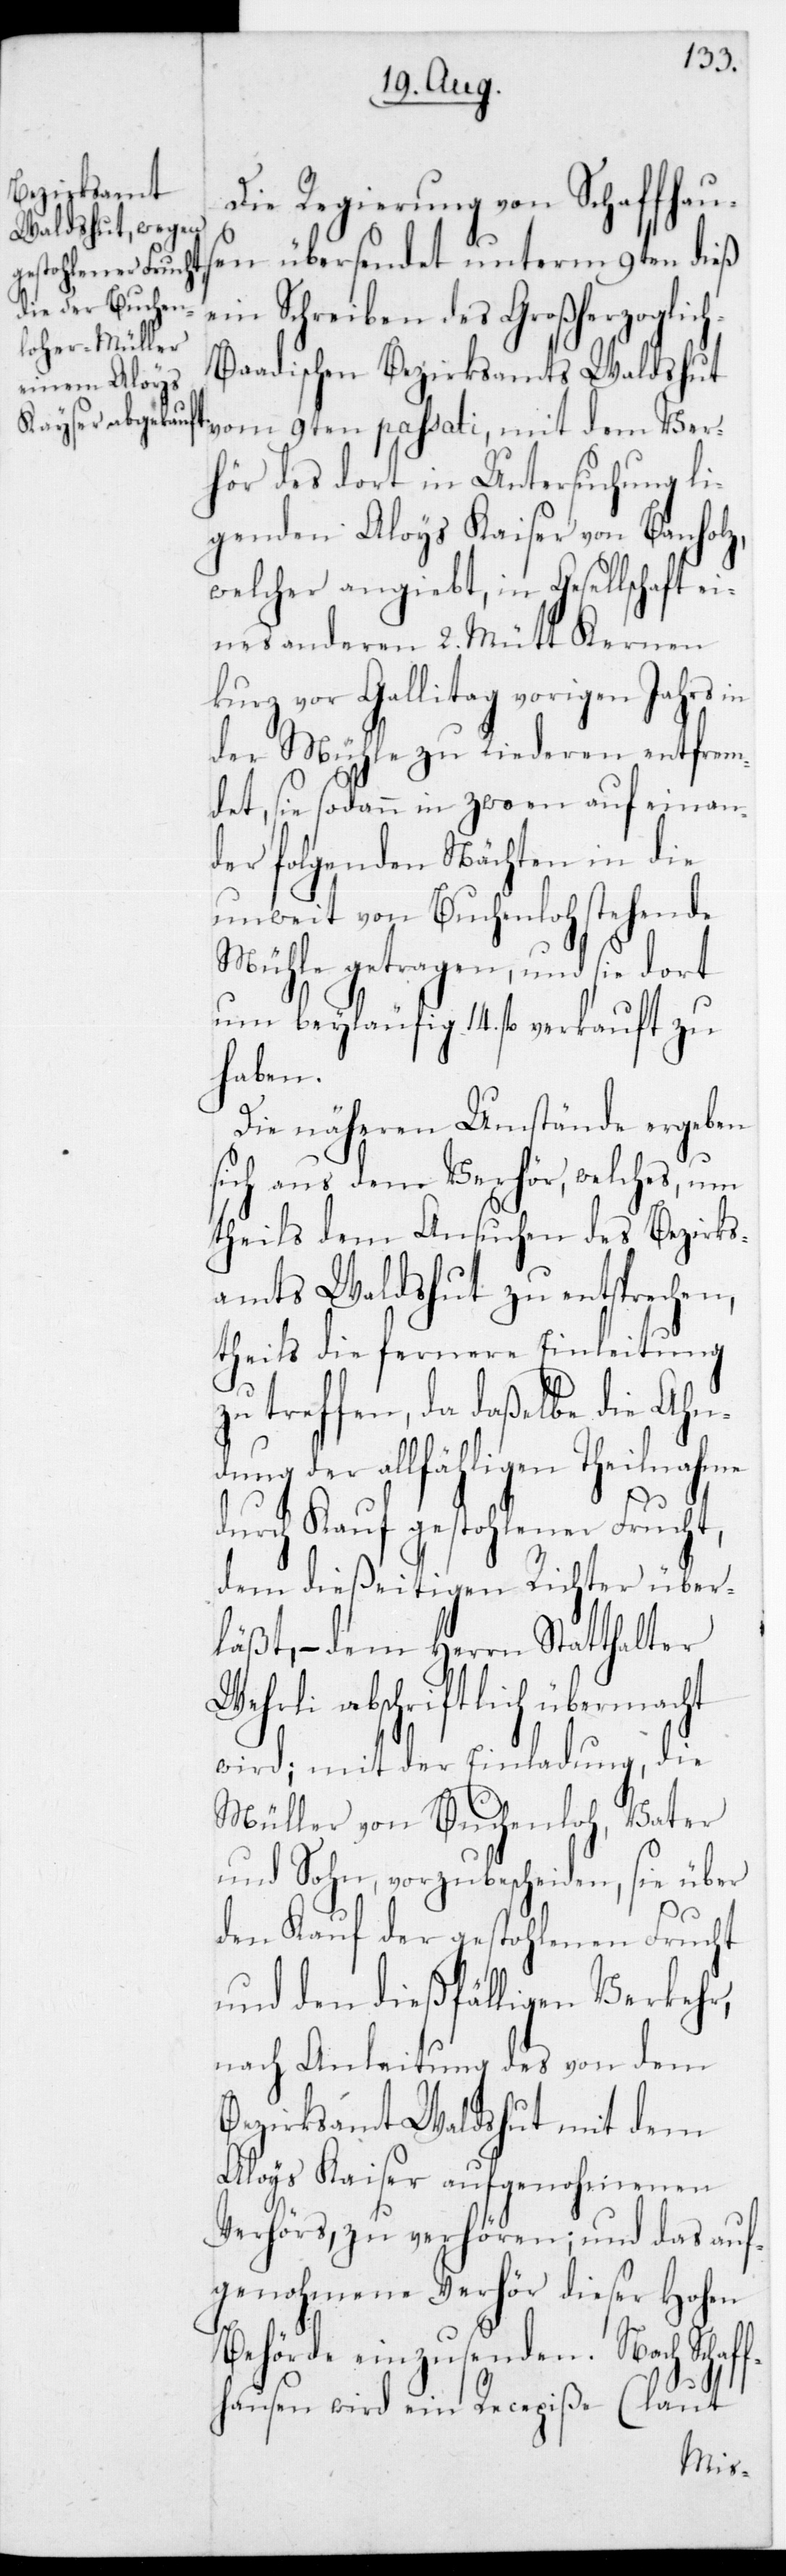
egenden Aloys

Die Regierung von Schaffhau¬
sen übersendet unterm 9ten dieß
ein Schreiben des Großherzoglic¬
aadischen Bezirksamts Waldshut
vom 9ten passati, mit dem Ver¬
chaft ei¬
hör des dort in Unt¬
welcher angiebt, in Gesells¬
nes anderen 2 Mütt Kernen
kurz vor Gallitag vorigen Jahrs
der Mühle zu Riederen entfre¬
mdet, sie sodann in zween auf einan¬
der folgenden Nächten in die
unweit von Buchenloh stehende
Mühle getragen, und sie dort
um beyläufige 14 fl. verkauft zu
haben.
Die näheren Umstände ergeb¬
sich aus dem Verhör, welches, um
theils dem Ansuchen des Bezirk¬
samts Waldshut zu entsprech¬
theils die fernere Einleitung
treffen, daß daßelbe
dung der allfähligen Theilnah¬
durch Kauf gestohlener
dem dießeitigen Richter
läßt, – dem Herrn Statthalter
acht
Wehrli abschriftlich üb¬
wird; mit der Einladung,
Müller von Buchenloh,
und Sohn vorzubescheiden, sie
den Kauf der gestohlenen
und den dießfähligen Verkehr,
nach Anleitung des von dem
Bezirksammt Waldshut mit dem
Aloys Kaiser aufgenohmenen
Verhörs, zu verhören; und das auf¬
genohmene Verhör dieser Hohen
Behörde einzusenden. Nach Schaf¬
fhausen wird ein Recepiße (laut

me